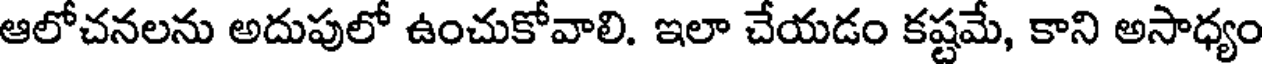
ఆలోచనలను అదుపులో ఉంచుకోవాలి. ఇలా చేయడం కష్టమే, కాని అసాధ్యం